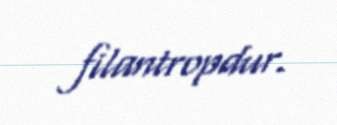
filantropdur.